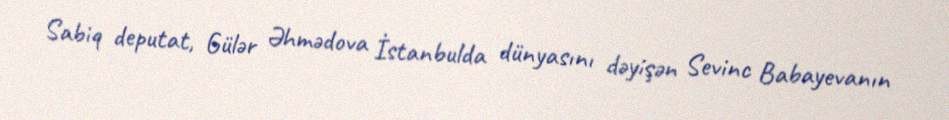
Sabiq deputat, Gülər Əhmədova İstanbulda dünyasını dəyişən Sevinc Babayevanın